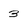
Character: 3